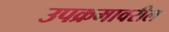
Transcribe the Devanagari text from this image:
उपक्रमावरील